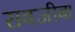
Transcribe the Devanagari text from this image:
रावजीबा